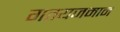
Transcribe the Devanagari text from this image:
गतयजमान